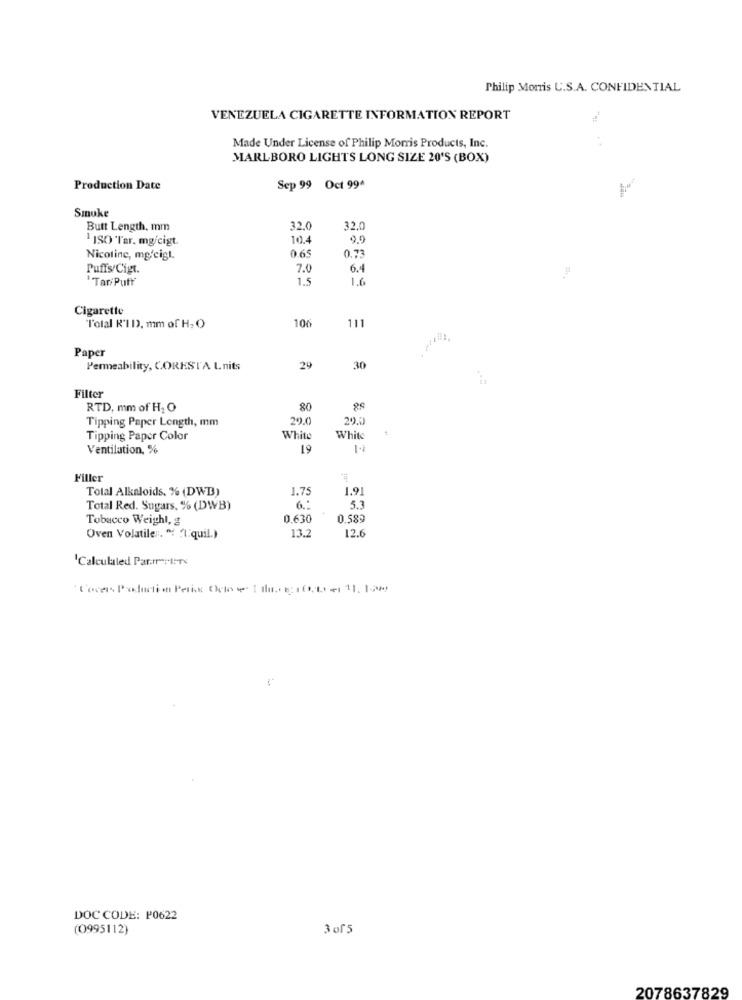
Philip Morris U.S.A. CONFIDENTIAL
VENEZUELA CIGARETTE INFORMATION REPORT
Made Under License of Philip Morris Products, Inc.
MARLBORO LIGHTS LONG SIZE 20'S (BOX)
Production Date
Sep 99 Oct 99^
Smoke
Butt Length. mm
32.
32.0
1 ISO Ter. mg/cigt.
10.4
9.9
0.65
Nicotine, mg/cigl.
0.73
Puffs/Cigt.
7.0
6.4
-
'Tar/PutY'
1.5
1.6
Cigarette
106
111
l'olal R'I DD. mm of H. O
Paper
Permeability, CORESTA Lnits
29
30
Filter
RTD, mm of H2 O
80
Tipping Paper Length, mm
200
2011
Tipping Paper Color
White
White
Ventilation, %
19
-
Filler
Total Alkaloids, % (DWD)
1.75
1.91
Total Red. Sugars, % (DWB)
6 .:
5.3
Tobacco Weighl, g
0.630
0,589
13.2
12.6
Oven Volatiles. " "1.quil.)
'Calculated Parm-I-Te
DOC CODE: P0622
(0995112)
3 of5
2078637829